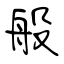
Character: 般